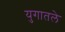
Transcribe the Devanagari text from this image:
युगातले